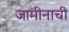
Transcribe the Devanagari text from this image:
जामीनाची